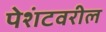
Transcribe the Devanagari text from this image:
पेशंटवरील